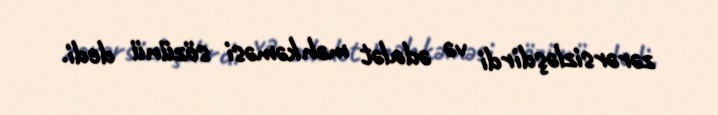
zərərsizləşdirdi və ədalət məhkəməsi sözünü dedi.